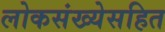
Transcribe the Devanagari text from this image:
लोकसंख्येसहित